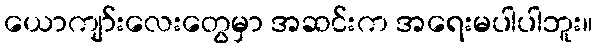
ယောကျာ်းလေးတွေမှာ အဆင်းက အရေးမပါပါဘူး။